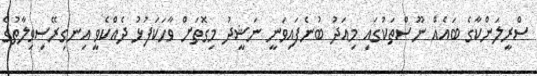
ސްރީލަންކާގެ ބައެއް ނޫސްތަކުގައި މިއަދު ބުނެފައިވަނީ ނަޝީދު މިގޮތަށް ވާހަކަފުޅު ދެއްކެވީ އިނގިރޭސިވިލާތުގެ